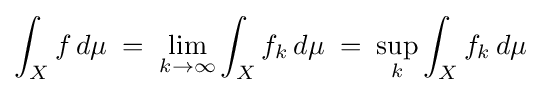
\int _{X}f\,d\mu \;=\;\lim _{k\to \infty }\int _{X}f_{k}\,d\mu \;=\;\sup _{k}\int _{X}f_{k}\,d\mu